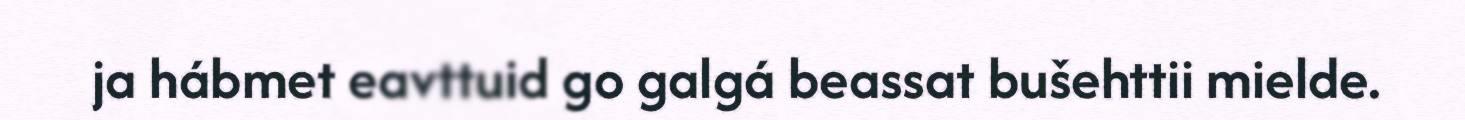
ja hábmet eavttuid go galgá beassat bušehttii mielde.